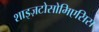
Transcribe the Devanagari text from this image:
शाइज़टोसोमिएसिस